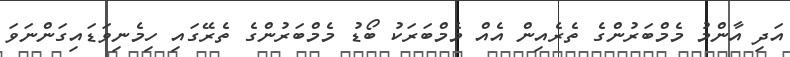
އަދި އާންމު މެމްބަރުންގެ ތެރެއިން އެއް މެމްބަރަކު ބޯޑު މެމްބަރުންގެ ތެރޭގައި ހިމެނިވަޑައިގަންނަވަ